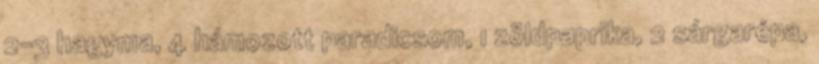
2-3 hagyma, 4 hámozott paradicsom, 1 zöldpaprika, 2 sárgarépa,